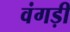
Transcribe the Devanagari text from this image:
वंगड़ी